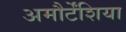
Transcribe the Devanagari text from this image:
अमौर्टेंशिया